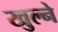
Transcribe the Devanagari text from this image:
खुल्ने